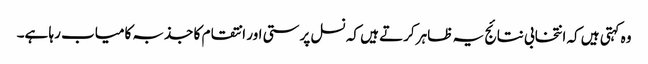
وہ کہتی ہیں کہ انتخابی نتائج یہ ظاہر کرتے ہیں کہ نسل پرستی اور انتقام کا جذبہ کامیاب رہا ہے۔